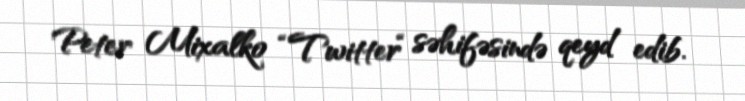
Peter Mixalko “Twitter“ səhifəsində qeyd edib.